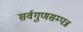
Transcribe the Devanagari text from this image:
सर्वगुणसम्पन्न